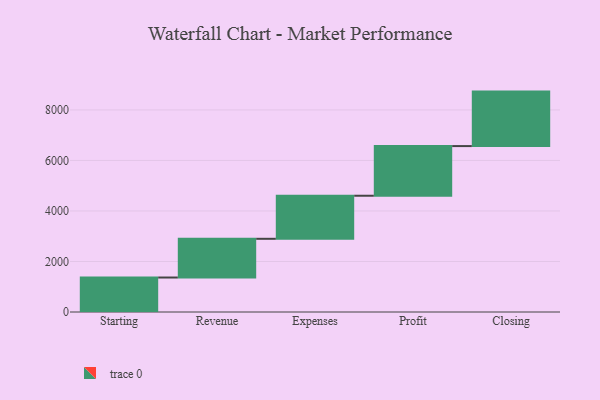
{"axis": {"x": "Step", "y": "Value"}, "legend": [""], "data": [{"x": "Starting", "y": 1365.0, "type": ""}, {"x": "Revenue", "y": 1533.0, "type": ""}, {"x": "Expenses", "y": 1705.0, "type": ""}, {"x": "Profit", "y": 1966.0, "type": ""}, {"x": "Closing", "y": 2157.0, "type": ""}]}